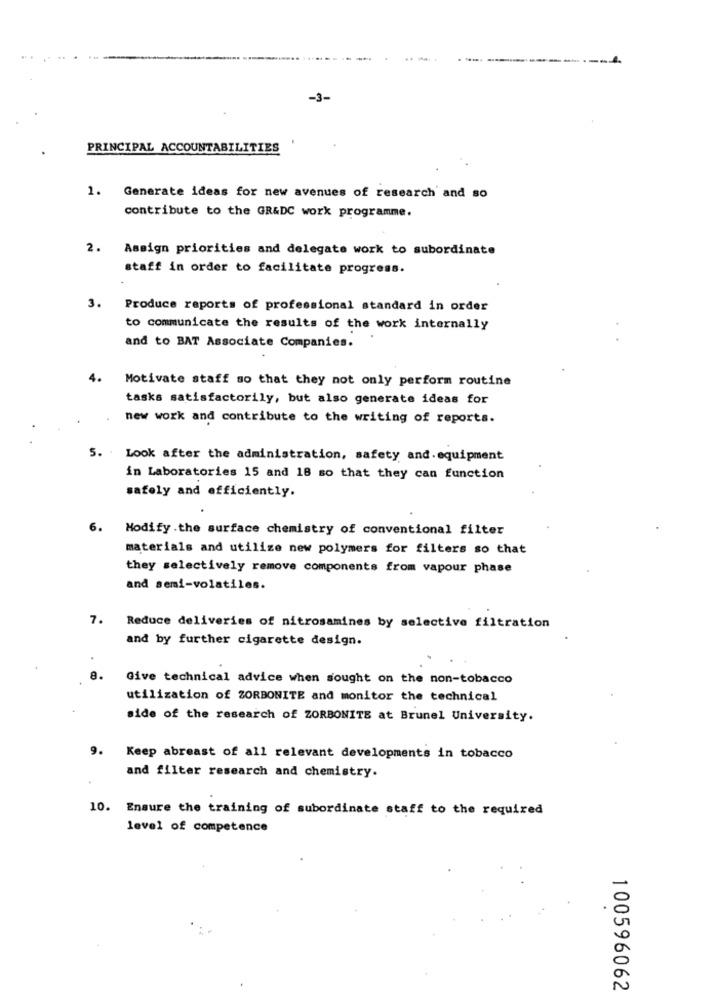
-3-
PRINCIPAL ACCOUNTABILITIES
1. Generate ideas for new avenues of research and so
contribute to the GR&DC work programme.
2.
Assign priorities and delegate work to subordinate
staff in order to facilitate progress.
3.
Produce reports of professional standard in order
to communicate the results of the work internally
and to BAT Associate Companies.
4.
Motivate staff so that they not only perform routine
tasks satisfactorily, but also generate ideas for
new work and contribute to the writing of reports.
5. . Look after the administration, safety and. equipment
in Laboratories 15 and 18 so that they can function
safely and efficiently.
6.
Modify .the surface chemistry of conventional filter
materials and utilize new polymers for filters so that
they selectively remove components from vapour phase
and semi-volatiles.
7.
Reduce deliveries of nitrosamines by selective filtration
and by further cigarette design.
Give technical advice when sought on the non-tobacco
utilization of ZORBONITE and monitor the technical
side of the research of ZORBONITE at Brunel University.
9.
Keep abreast of all relevant developments in tobacco
and filter research and chemistry.
10. Ensure the training of subordinate staff to the required
level of competence
.
100596062